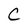
Character: C